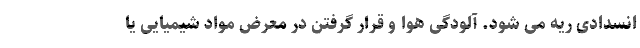
انسدادی ریه می شود. آلودگی هوا و قرار گرفتن در معرض مواد شیمیایی یا